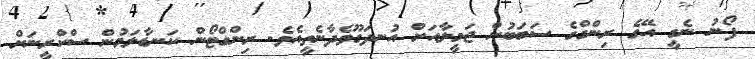
ފޯނު ނެގީ އޭގެ ރިންގްގެ ސަބަބުން ޖަމީލާއަށް އުނދަގޫވެދާނެތީއެވެ. ރިންގްޓޯން ކަނޑާލަމުން ސްކްރީނަށް